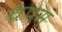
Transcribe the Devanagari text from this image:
धपम